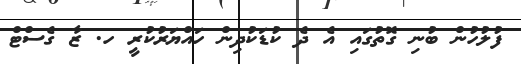
ފުލުހުން ބުނި ގޮތުގައި އެ ދެ ކުޑަކުދިން ހައްޔަރުކުރީ ހ. ޒާ ގެސްޓް